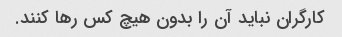
کارگران نباید آن را بدون هیچ کس رها کنند.